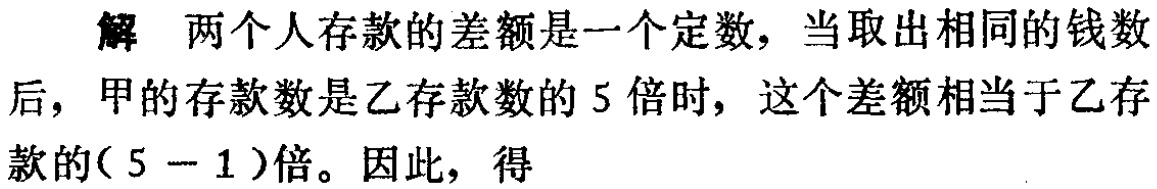
解 两个人存款的差额是一个定数，当取出相同的钱数后，甲的存款数是乙存款数的 5 倍时，这个差额相当于乙存款的( \(5 - 1\) )倍。因此，得